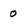
Character: 0